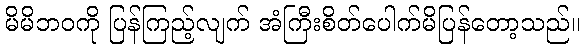
မိမိဘဝကို ပြန်ကြည့်လျက် အံကြီးစိတ်ပေါက်မိပြန်တော့သည်။